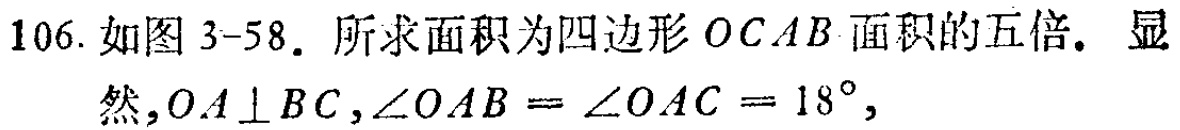
106. 如图 3-58. 所求面积为四边形 \(OCAB\) 面积的五倍. 显然,\(OA\perp BC,\angle OAB = \angle OAC = 18^{\circ},\)